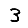
Digit: 3